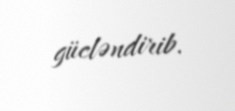
gücləndirib.